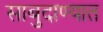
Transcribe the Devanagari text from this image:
साबुदाण्यात